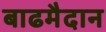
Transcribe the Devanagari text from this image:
बाढमैदान